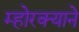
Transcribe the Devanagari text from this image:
म्होरक्याने